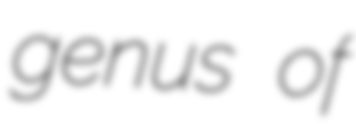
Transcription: genus of